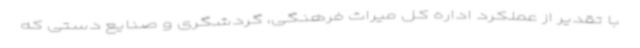
با تقدیر از عملکرد اداره کل میراث فرهنگی، گردشگری و صنایع دستی که